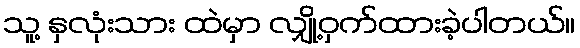
သူ့ နှလုံးသား ထဲမှာ လျှို့ဝှက်ထားခဲ့ပါတယ်။